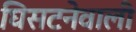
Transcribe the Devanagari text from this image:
घिसटनेवाली